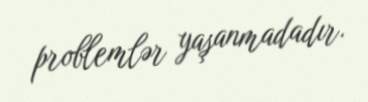
problemlər yaşanmadadır.